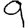
Digit: 9